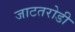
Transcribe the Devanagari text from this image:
जाटतरोडी